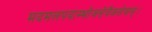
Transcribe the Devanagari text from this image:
मदमलपदाम्भोजसेवैकसेवाम्।